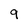
Character: 9